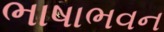
ભાષાભવન